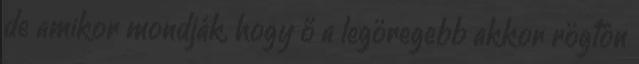
de amikor mondják, hogy ő a legöregebb akkor rögtön